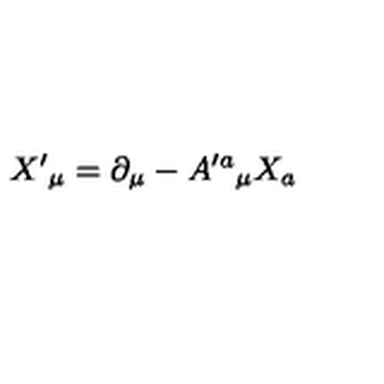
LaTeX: X ^ { \prime } { } _ { \mu } = \partial _ { \mu } - A ^ { \prime a } { } _ { \mu } X _ { a }